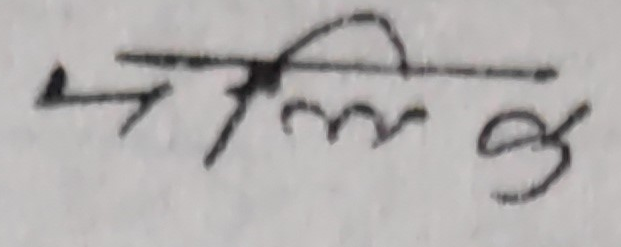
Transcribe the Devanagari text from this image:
मल्लिक